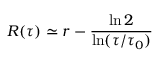
R ( \tau ) \simeq r - \frac { \ln 2 } { \ln ( \tau / \tau _ { 0 } ) }